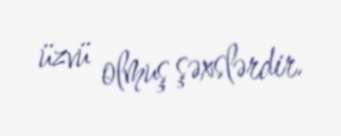
üzvü olmuş şəxslərdir.